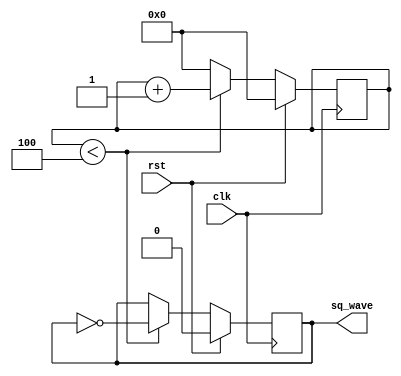
module swg(clk,rst,sq_wave);
	input clk,rst;
	output reg  sq_wave;
	parameter clock_freq=10000000; //10,000khz is the freq
	reg [7:0]counter=0;
	always@(posedge clk)
		begin
			if(rst)
				begin
					counter<=8'd0;
					sq_wave<=0;
				end
			else
				begin
					if(counter<8'd4)
						begin
							sq_wave<=((clock_freq/2)-1);
							sq_wave<=~sq_wave;
							counter<=counter+1; 
						end
					else
						begin
							counter<=8'd0;
						end
				end
		end
endmodule